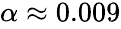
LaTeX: \begin{array}{r}{\alpha\approx 0.009}\end{array}